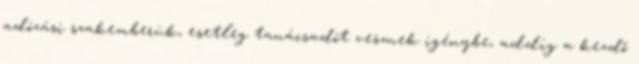
adózási szakemberük, esetleg tanácsadót vesznek igénybe, addig a kezdő